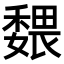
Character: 𡣉